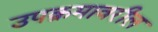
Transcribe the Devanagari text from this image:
उपक्रमावरील